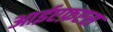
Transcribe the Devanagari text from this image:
आईएफ़एस